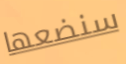
سنضعها